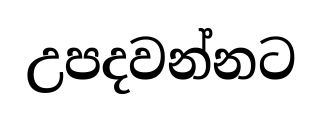
උපදවන්නට